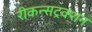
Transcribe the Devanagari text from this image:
रीकन्सट्रक्शन